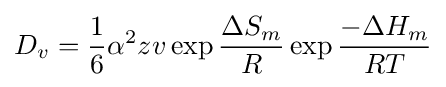
D_{v}={\frac {1}{6}}\alpha ^{2}zv\exp {\frac {\Delta S_{m}}{R}}\exp {\frac {-\Delta H_{m}}{RT}}